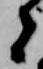
者